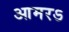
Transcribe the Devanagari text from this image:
आमरऽ